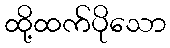
ထို့ထက်ပိုသော